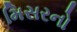
મિસરનો